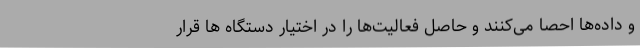
و داده‌ها احصا می‌کنند و حاصل فعالیت‌ها را در اختیار دستگاه ها قرار